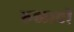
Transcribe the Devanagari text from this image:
रुळावी